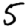
Digit: 5